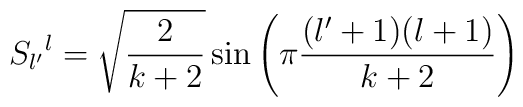
S_{l'}{}^l =  \sqrt{{2 \over {k+2}}}  \sin \left( \pi {{(l'+1)(l+1)} \over {k+2}} \right)